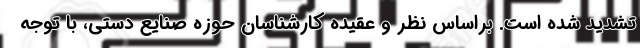
تشدید شده است. براساس نظر و عقیده کارشناسان حوزه صنایع دستی، با توجه